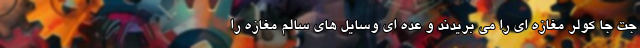
جت جا کولر مغازه ای را می بریدند و عده ای وسایل های سالم مغازه را